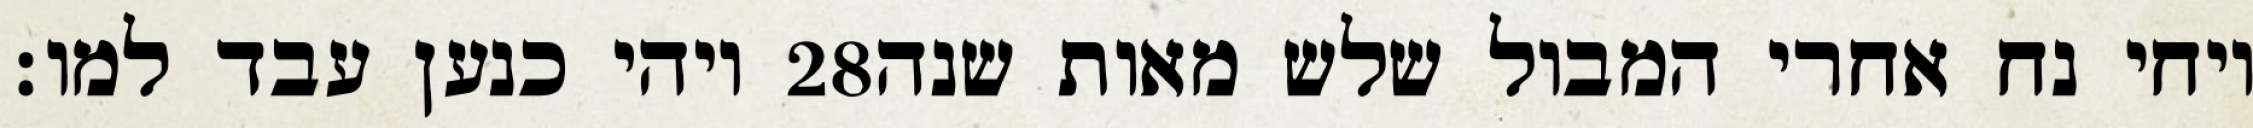
ויהי כנען עבד למו׃ ‎28‏ ויחי נח אחרי המבול שלש מאות שנה